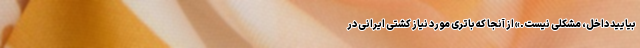
بیایید داخل، مشکلی نیست.» از آنجا که باتری مورد نیاز کشتی ایرانی در